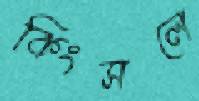
কিংসলে